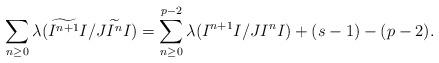
LaTeX: \begin{align*}\sum_{n \ge 0}\lambda(\widetilde{I^{n+1}} I/ J \widetilde{I^n} I) =\sum_{n\geq 0}^{p-2} \lambda(I^{n+1}I/JI^nI)+(s-1)-(p-2).\end{align*}